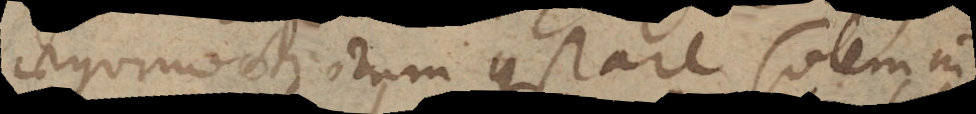
aequinoctiorum constare solem in